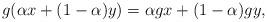
LaTeX: \begin{align*}g(\alpha x + (1-\alpha) y) = \alpha gx + (1-\alpha)gy,\end{align*}